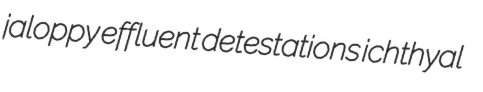
jaloppy effluent detestations ichthyal